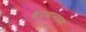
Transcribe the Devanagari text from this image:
धर्मनाम